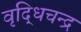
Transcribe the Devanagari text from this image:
वृद्धिचन्द्र